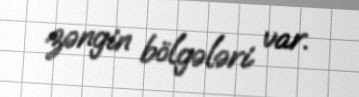
zəngin bölgələri var.